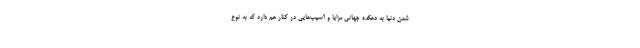
شدن دنیا به دهکده جهانی مزایا و آسیب‌هایی در کنار هم دارد که به نوع